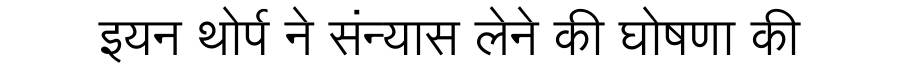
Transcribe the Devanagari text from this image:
इयन थोर्प ने संन्यास लेने की घोषणा की